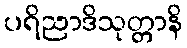
ပရိညာဒိသုတ္တာနိ